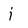
Character: j